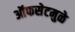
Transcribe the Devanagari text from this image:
ऑफसेटमुळे